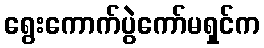
ရွေးကောက်ပွဲကော်မရှင်က